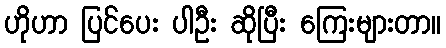
ဟိုဟာ ပြင်ပေး ပါဦး ဆိုပြီး ကြေးများတာ။